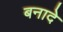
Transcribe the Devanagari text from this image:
बनादे